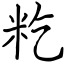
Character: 籺